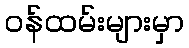
ဝန်ထမ်းများမှာ